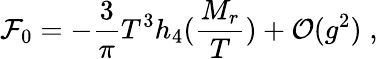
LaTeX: {\cal F}_{0}=-\frac{3}{\pi}T^{3}h_{4}(\frac{M_{r}}{T})+{\cal O}(g^{2})\; ,